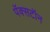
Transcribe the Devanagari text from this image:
पॅक्सटॉन